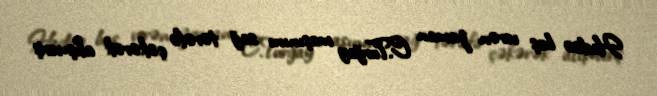
Hadisə baş verən zaman C.Turğay maşınını sağ tərəfə çəkərək alış-veriş